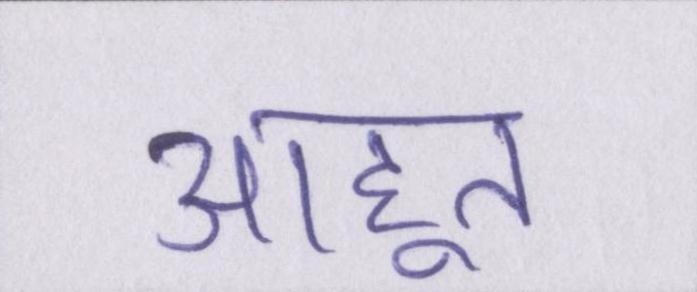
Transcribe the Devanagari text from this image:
आहूत